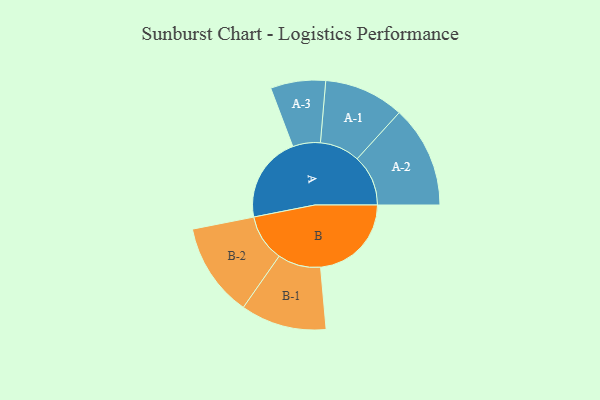
{"axis": {"x": "Segment", "y": "Value"}, "legend": ["", "A", "B"], "data": [{"x": "A", "y": 447, "type": ""}, {"x": "B", "y": 472, "type": ""}, {"x": "A-1", "y": 208, "type": "A"}, {"x": "A-2", "y": 265, "type": "A"}, {"x": "A-3", "y": 143, "type": "A"}, {"x": "B-1", "y": 223, "type": "B"}, {"x": "B-2", "y": 244, "type": "B"}]}